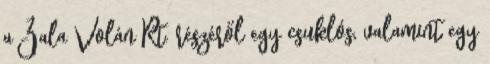
a Zala Volán Rt. részéről egy csuklós, valamint egy